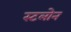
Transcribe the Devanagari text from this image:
स्टलोन